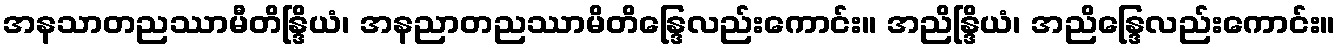
အနသာတညဿာမီတိန္ဒြိယံ၊ အနညာတညဿာမိတိန္ဒြေလည်းကောင်း။ အညိန္ဒြိယံ၊ အညိန္ဒြေလည်းကောင်း။